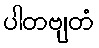
ပါတဗျတံ